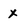
Character: X